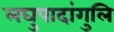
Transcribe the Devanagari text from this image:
लघुपादांगुलि